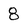
Character: 8